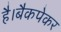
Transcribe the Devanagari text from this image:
है।बैकपेकर